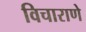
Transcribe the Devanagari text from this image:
विचाराणे